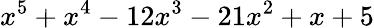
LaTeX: x^{5}+x^{4}-12x^{3}-21x^{2}+x+5